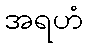
အရဟံ